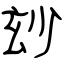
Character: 玅